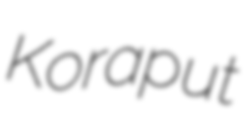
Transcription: Koraput